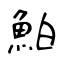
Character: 鮊